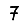
Digit: 7